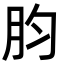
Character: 䏛